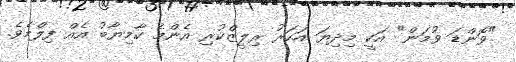
"ވޮންޑަ ވުމަން" އަކީ މިދިޔަ އަހަރު ރިލީޒްކުރި އެންމެ ކާމިޔާބު އެއް ފިލްމެވެ.